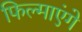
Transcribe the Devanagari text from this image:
फिल्माएंगे